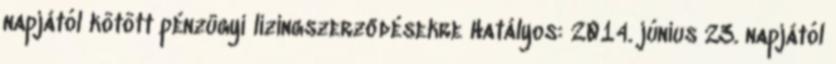
napjától kötött pénzügyi lízingszerződésekre Hatályos: 2014. június 23. napjától